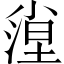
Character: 𡮛